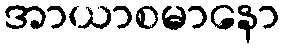
အာယာစမာနော